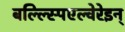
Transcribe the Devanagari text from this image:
बल्ल्स्पिएल्वेरेइन्